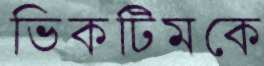
ভিকটিমকে